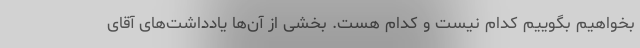
بخواهیم بگوییم کدام نیست و کدام هست. بخشی از آن‌ها یادداشت‌های آقای